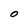
Character: 0